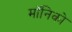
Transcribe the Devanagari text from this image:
मॉनिको